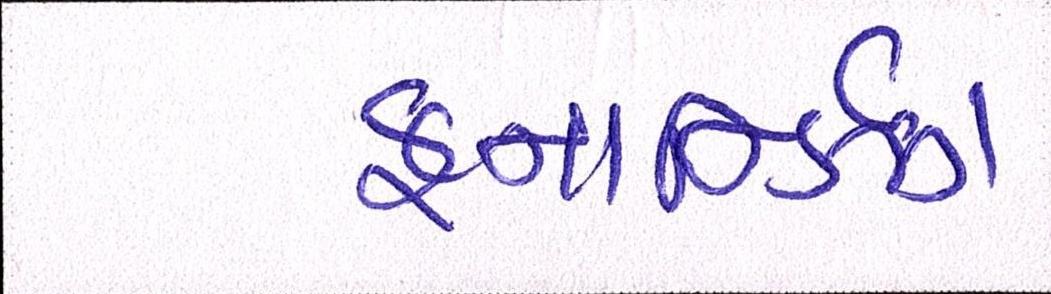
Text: ફનાર્ન્ડિઝ